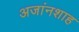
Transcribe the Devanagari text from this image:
अजांनशाह